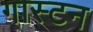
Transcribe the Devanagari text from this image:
गास्टन